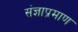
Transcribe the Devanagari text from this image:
संज्ञाप्रमाण